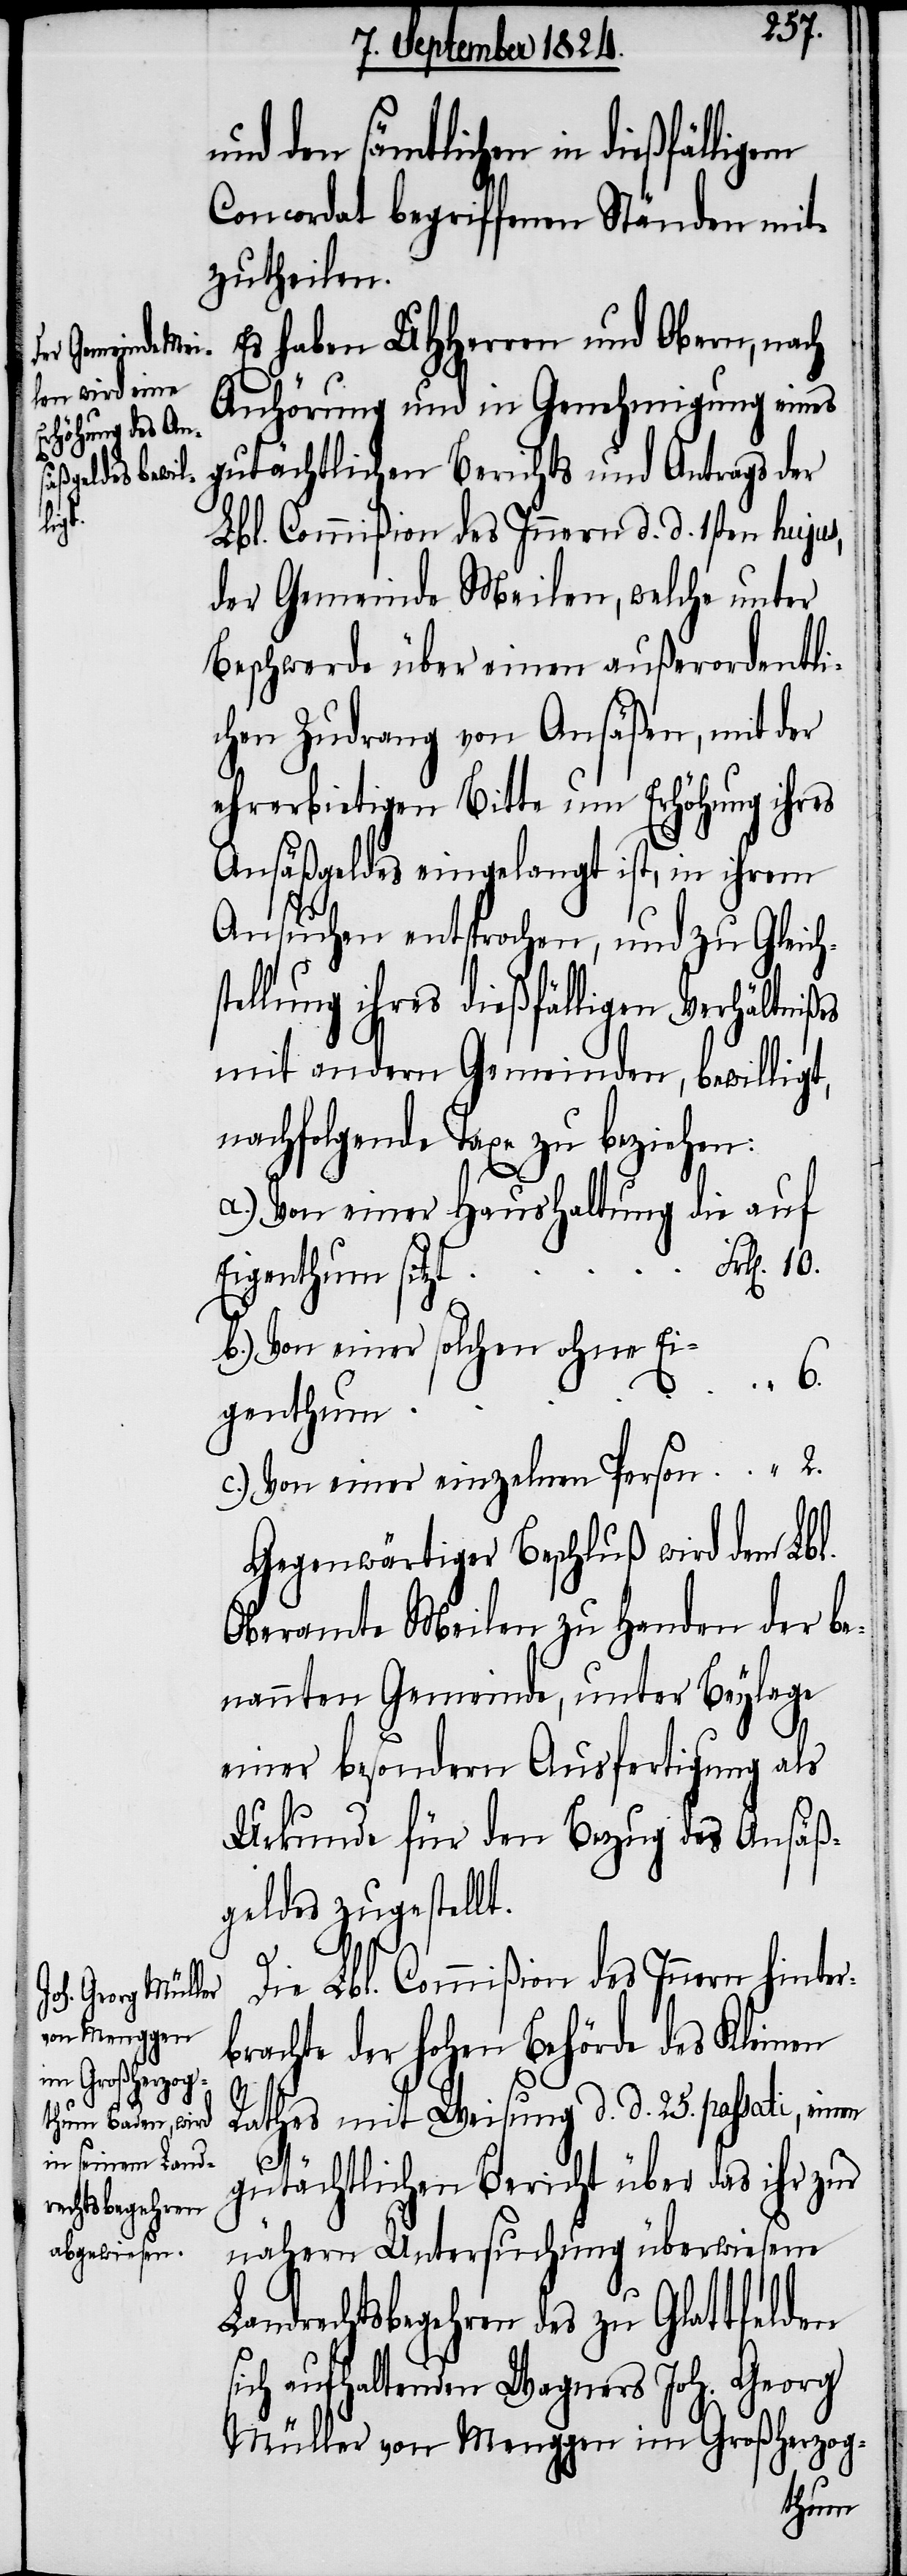
den sämtlichen in dießfälligem
Concordat begriffenen Ständen mit¬
zutheilen.
Es haben UHHerren und Obern, nach
Anhörung und in Genehmigung eines
gutächtlichen Berichts und Antrags der
s¬
Lbl. Commißion des Innern d. d. 1sten hujus,
der Gemeinde Meilen, welche unter
Beschwerde über einen außerordentli¬
chen Zudrang von Ansäßen, mit der
ehrerbietigen Bitte um Erhöhung ihres
Ansäßgeldes eingelangt ist, in ihrem
Ansichten entsprochen, und zu Gleich¬
tellung ihres dießfälligen Verhältnißes
mit andern Gemeinden, bewilligt,
nachfolgende Taxe zu beziehen:
a.) Von einer Haushaltung die auf
Eigenthum sitzt
b.) Von einer solchen ohne Ei¬
genthum
c.) Von einer einzelnen Person
Gegenwärtiger Beschluß wird dem Lbl.
Oberamte Meilen zu Handen der be¬
nannten Gemeinde, unter Beylage
einer besondern Ausfertigung als
Urkunde für den Bezug des Ansäß¬
geldes zugestellt.
Die Lbl. Commißion des Innern hinter¬
brachte der hohen Behörde des Kleinen
Rathes mit Weisung d. d. 25. passati, einen
gutächtlichen Bericht über das ihr zur
nähern Untersuchung überwiesene
Landrechtsbegehren des zu Glattfelden
sich aufhaltenden Wagners Joh. Georg
Müller von Menggen im Großherzog-